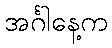
အင်္ဂါနေ့က